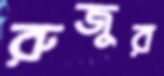
রুজুর